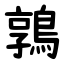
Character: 鶉